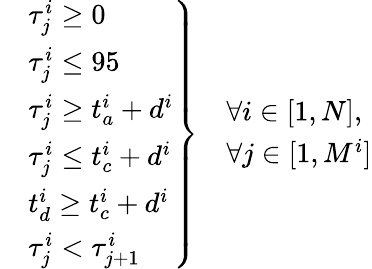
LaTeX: \left.\begin{array}{rl}&{\tau_{j}^{i}\geq 0}\\ &{\tau_{j}^{i}\leq 95}\\ &{\tau_{j}^{i}\geq t_{a}^{i}+d^{i}}\\ &{\tau_{j}^{i}\leq t_{c}^{i}+d^{i}}\\ &{t_{d}^{i}\geq t_{c}^{i}+d^{i}}\\ &{\tau_{j}^{i}<\tau_{j+1}^{i}}\end{array}\right\} \begin{array}{rl}&{\forall i\in[1,N],}\\ &{\forall j\in[1,M^{i}]}\end{array}